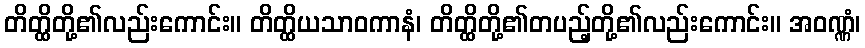
တိတ္ထိတို့၏လည်းကောင်း။ တိတ္ထိယသာဝကာနံ၊ တိတ္ထိတို့၏တပည့်တို့၏လည်းကောင်း။ အဝဏ္ဏံ၊